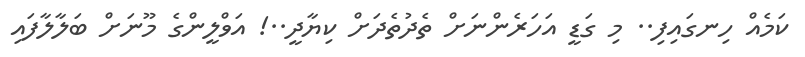
ކަމެއް ހިނގައިފި.. މި ގަޑީ އަހަރެންނަށް ތެދުތެދަށް ކިޔާދީ..! އަވްލީންގެ މޫނަށް ބަލާލާފައި